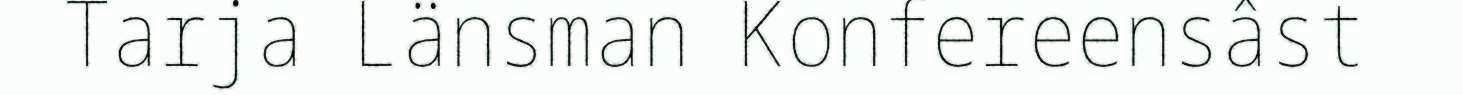
Tarja Länsman Konfereensâst